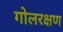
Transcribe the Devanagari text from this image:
गोलरक्षण